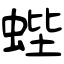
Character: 蜌